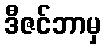
ဒီဇင်ဘာမှ